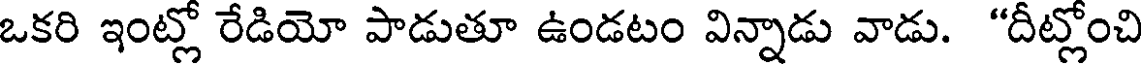
ఒకరి ఇంట్లో రేడియో పాడుతూ ఉండటం విన్నాడు వాడు. "దీట్లోంచి